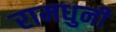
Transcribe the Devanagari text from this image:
रामधुनी